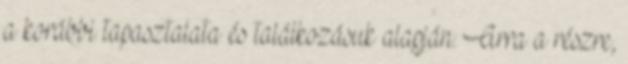
a korábbi tapasztalata és találkozásuk alapján. Arra a részre,